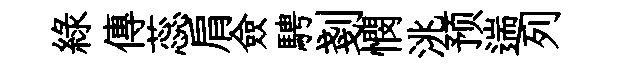
緑傳蕊肩僉騁剗憫洮预遄列